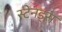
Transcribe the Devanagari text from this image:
स्टेनड्स